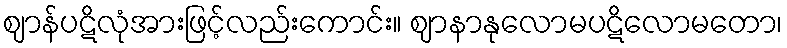
ဈာန်ပဋိလုံအားဖြင့်လည်းကောင်း။ ဈာနာနုလောမပဋိလောမတော၊